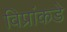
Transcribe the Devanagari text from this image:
विप्रांकडे